Annual report on the health of the army in India
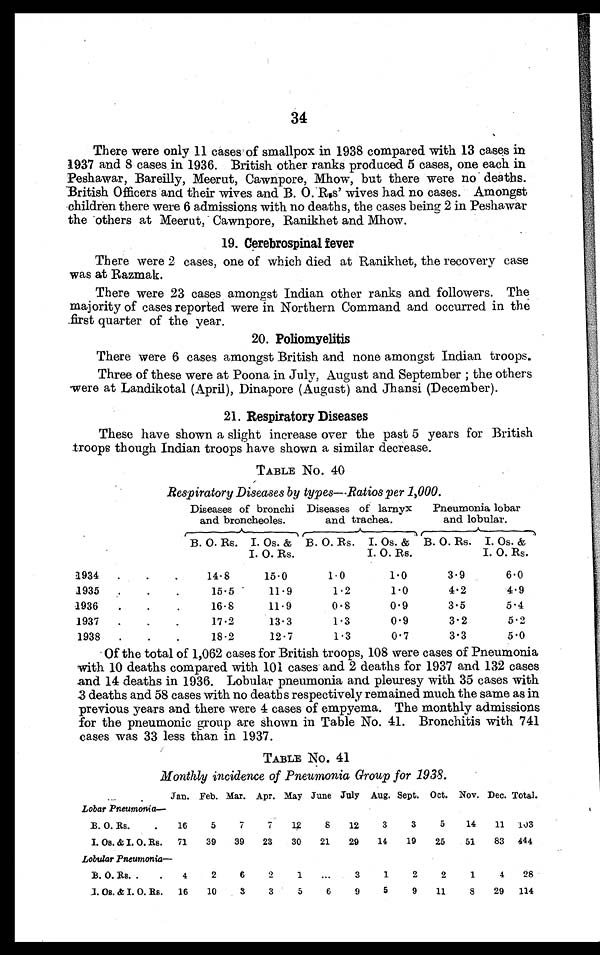
34
There were only 11 cases of smallpox in 1938 compared with 13 cases in
1937 and 8 cases in 1936. British other ranks produced 5 cases, one each in
Peshawar, Bareilly, Meerut, Cawnpore, Mhow, but there were no deaths.
British Officers and their wives and B. O. Rs' wives had no cases. Amongst
children there were 6 admissions with no deaths, the cases being 2 in Peshawar
the others at Meerut, Cawnpore, Ranikhet and Mhow.
19. Cerebrospinal fever
There were 2 cases, one of which died at Ranikhet, the recovery case
was at Razmak.
There were 23 cases amongst Indian other ranks and followers. The
majority of cases reported were in Northern Command and occurred in the
first quarter of the year.
20. Poliomyelitis
There were 6 cases amongst British and none amongst Indian troops.
Three of these were at Poona in July, August and September ; the others
were at Landikotal (April), Dinapore (August) and Jhansi (December).
21. Respiratory Diseases
These have shown a slight increase over the past 5 years for British
troops though Indian troops have shown a similar decrease.
TABLE No. 40
Respiratory Diseases by types—.Ratios per 1,000.
Diseases of bronchi
and broncheoles.
Diseases of larnyx
and trachea.
Pneumonia lobar
and lobular.
B. O. Rs. I. Os. &
I. O. Rs.
B. O. Rs. I. Os. &
I. O. Rs.
B. O. Rs. I. Os. &
I. O. Rs.
1934 . . .
14.8
15.0
1.0
1.0
3.9
6.0
1935 . . .
15.5
11.9
1.2
1.0
4.2
4.9
1936 . . .
16.8
11.9
0.8
0.9
3.5
5.4
1937 . . .
17.2
13.3
1.3
0.9
3.2
5.2
1938 . . .
18.2
12.7
1.3
0.7
3.3
5.0
Of the total of 1,062 cases for British troops, 108 were cases of Pneumonia
with 10 deaths compared with 101 cases and 2 deaths for 1937 and 132 cases
and 14 deaths in 1936. Lobular pneumonia and pleuresy with 35 cases with
3 deaths and 58 cases with no deaths respectively remained much the same as in
previous years and there were 4 cases of empyema. The monthly admissions
for the pneumonic group are shown in Table No. 41. Bronchitis with 741
cases was 33 less than in 1937.
TABLE No. 41
Monthly incidence of Pneumonia Group for 1938.
Jan. Feb. Mar. Apr. May June July Aug. Sept. Oct. Nov. Dec. Total.
Lobar Pneumonia —
B. O. Rs. .
16
5
7
7
12
8
12
3
3
5
14
11 103
I. Os. & I. O. Rs.
71
39
39
23
30
21
29
14
19
25
51
83
444
Lobular Pneumonia —
B. O. Rs. . .
4
2
6
2
1
...
3
1
2
2
1
4
28
I. Os. & I. O. Rs.
16
10
3
3
5
6
9
5
9
11
8
29
114